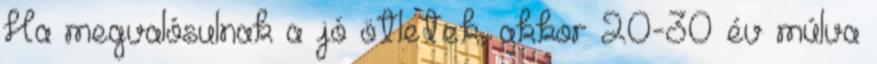
Ha megvalósulnak a jó ötletek, akkor 20-30 év múlva